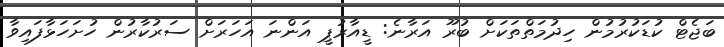
ބަޖެޓް ކުޑަކުރުމުން ހިދުމަތްތަކަށް ބުރޫ އަރާނެ: ޑީއާރުޕީ އަންނަ އަހަރަށް ސަރުކާރުން ހުށަހަޅާފައިވާ